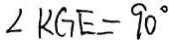
\angle K G E = 9 0 ^ { \circ }